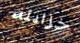
خزانته